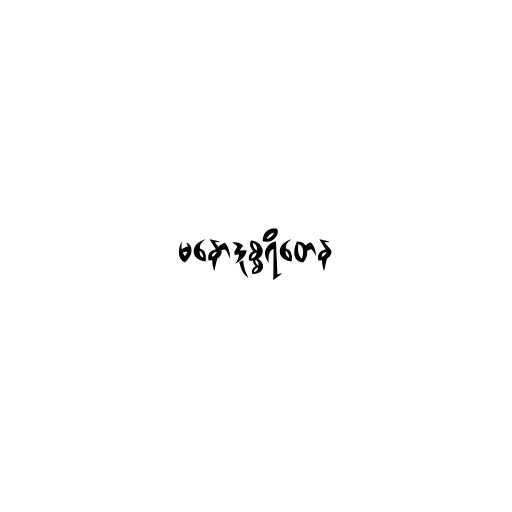
မနောဒုစ္စရိတေန